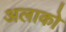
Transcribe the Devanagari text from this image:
अलाको